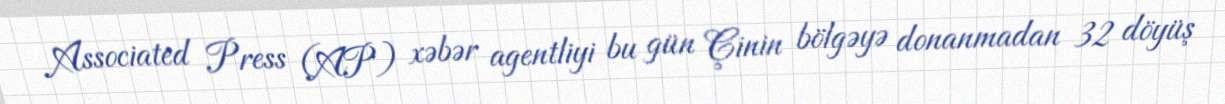
Associated Press (AP) xəbər agentliyi bu gün Çinin bölgəyə donanmadan 32 döyüş